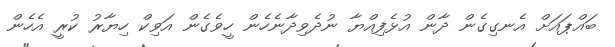
ބައްޕައަށް އެނގިގެން ދާން އުޅެފިއްޔާ ނުދެވިދާނެހެން ހީވެގެން އަވިކް ހިޔާރު ކުރީ އެހެން